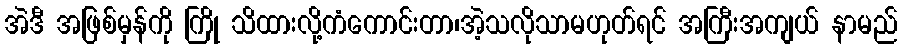
အဲဒီ အဖြစ်မှန်ကို ကြို သိထားလို့ကံကောင်းတာ၊အဲ့သလိုသာမဟုတ်ရင် အကြီးအကျယ် နာမည်